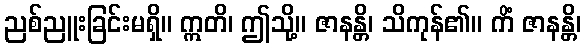
ညစ်ညူးခြင်းမရှိ။ ဣတိ၊ ဤသို့။ ဇာနန္တိ၊ သိကုန်၏။ ကိံ ဇာနန္တိ၊